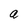
Character: a